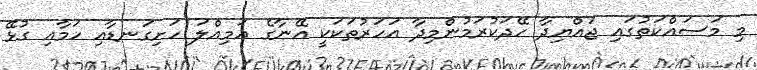
މި މަސައްކަތުގައި ޖައްޔިދާ ހޭދަކުރަމުންމިދާ އަހަރުތަކަކީ އޭނާގެ އަމިއްލަ ހަށިގަނޑާއި ހަމާއި ގުޅޭ